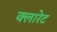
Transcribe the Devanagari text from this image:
क्लारेट